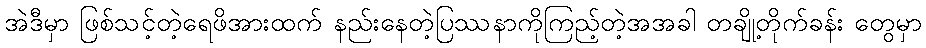
အဲဒီမှာ ဖြစ်သင့်တဲ့ရေဖိအားထက် နည်းနေတဲ့ပြဿနာကိုကြည့်တဲ့အအခါ တချို့တိုက်ခန်း တွေမှာ